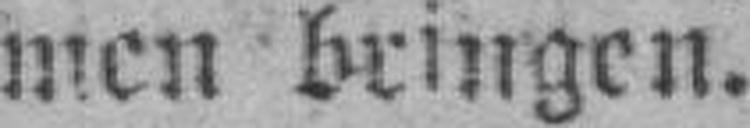
men bringen.